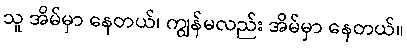
သူ အိမ်မှာ နေတယ်၊ ကျွန်မလည်း အိမ်မှာ နေတယ်။